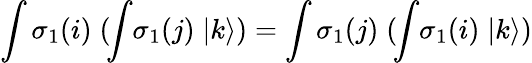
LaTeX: \int\sigma_{1}(i)\; (\! \int\! \sigma_{1}(j)\; |k\rangle)=\int\sigma_{1}(j)\; (\! \int\! \sigma_{1}(i)\; |k\rangle)